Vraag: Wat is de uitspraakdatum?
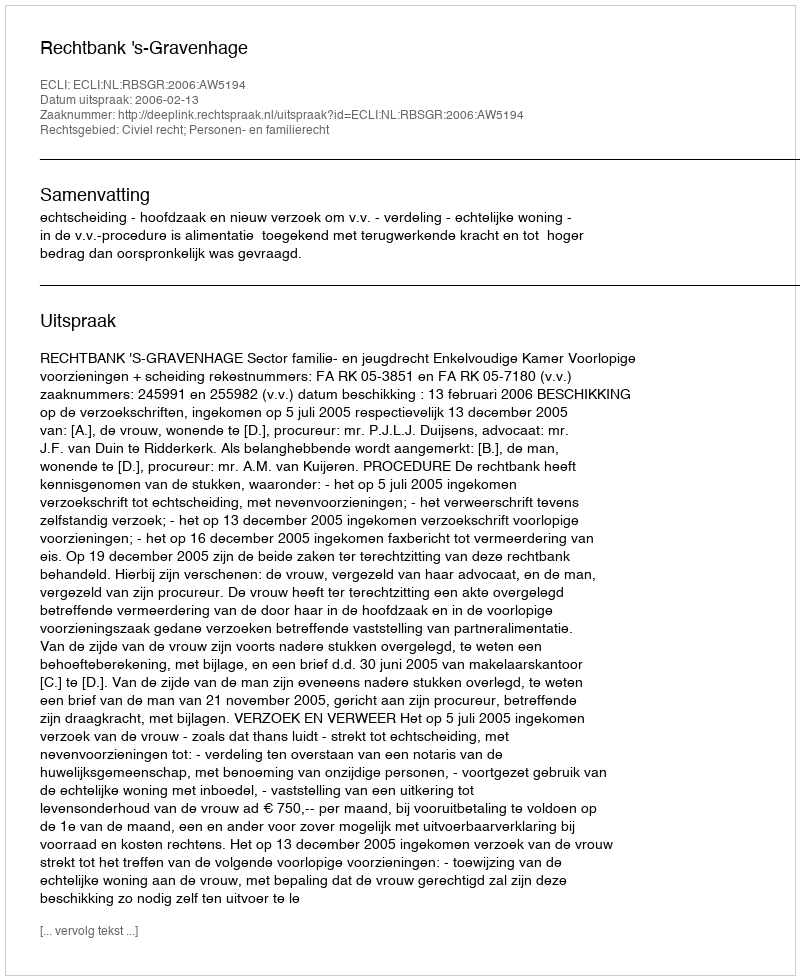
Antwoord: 2006-02-13